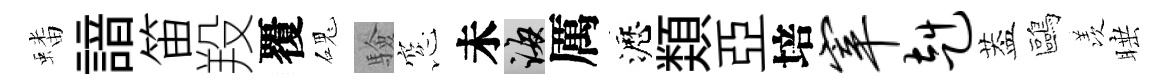
蟠諳笛羖覆磈驗窓未誨厲瀝𩔖亞培宰赳葢鷗羡睡